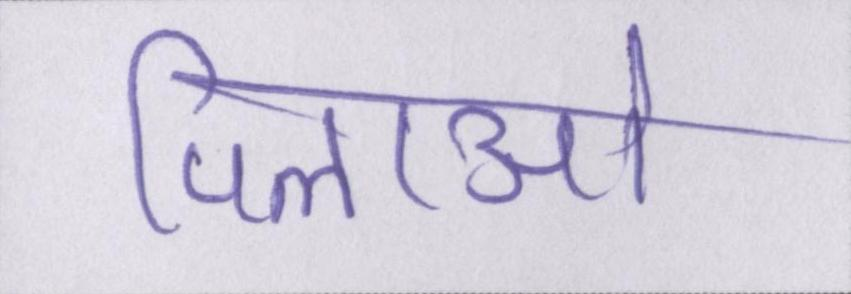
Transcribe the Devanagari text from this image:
पिलाओ